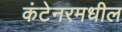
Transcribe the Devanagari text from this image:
कंटेनरमधील